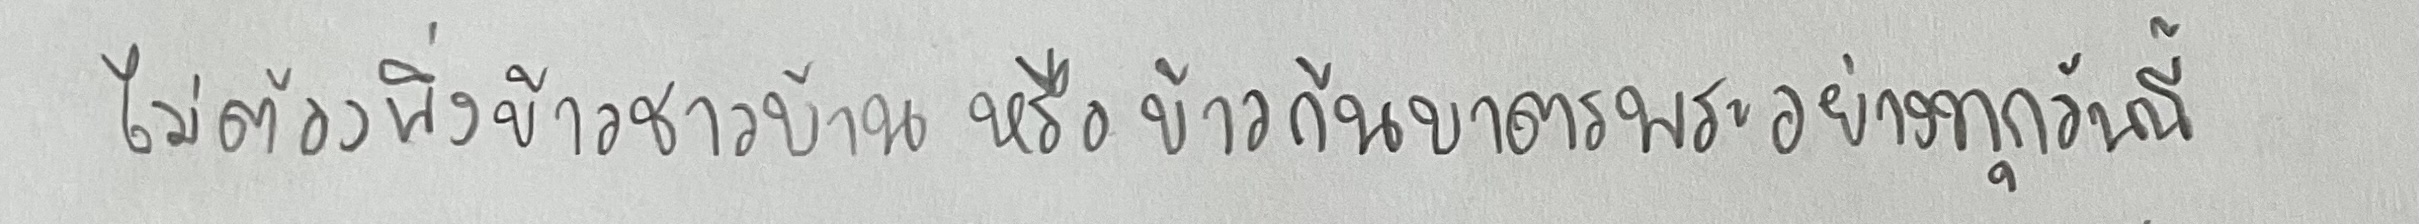
ไม่ต้องพึ่งข้าวชาวบ้านหรือข้าวก้นบาตรพระอย่างทุกวันนี้